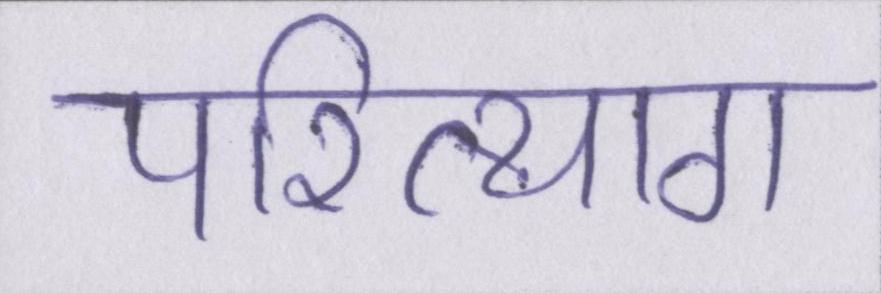
परित्याग